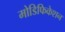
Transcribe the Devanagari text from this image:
मोडिफिकेशन